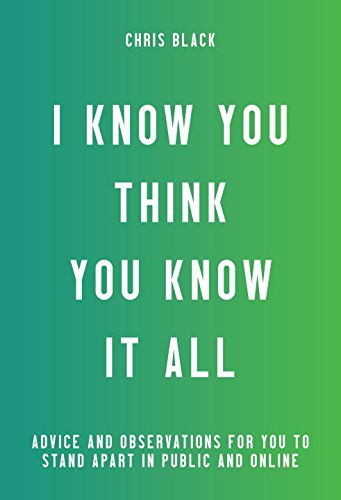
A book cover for I Know You Think You Know It All: Advice and Observations For You to Stand Apart in Public and Online; Chris Black; Humor & Entertainment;